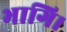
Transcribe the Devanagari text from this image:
भागि।